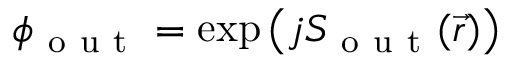
\phi _ { \mathrm { ~ o ~ u ~ t ~ } } = \exp { \left( j S _ { \mathrm { ~ o ~ u ~ t ~ } } ( \vec { r } ) \right) }